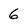
Character: 6